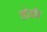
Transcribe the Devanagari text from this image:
तोळी